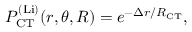
P _ { \mathrm { C T } } ^ { \mathrm { ( L i ) } } ( r , \theta , R ) = e ^ { - \Delta r / R _ { \mathrm { C T } } } ,